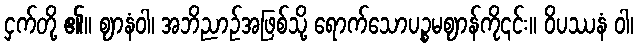
ငှက်တို့ ၏။ ဈာနံဝါ၊ အဘိညာဉ်အဖြစ်သို့ ရောက်သောပဉ္စမဈာန်ကို၎င်း။ ဝိပဿနံ ဝါ၊